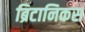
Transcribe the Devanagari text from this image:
ब्रिटानिकस